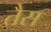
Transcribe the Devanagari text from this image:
तैस